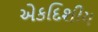
એકદિશીય